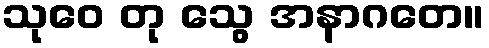
သုဝေ တု သွေ အနာဂတေ။